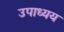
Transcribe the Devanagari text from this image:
उपाध्यय